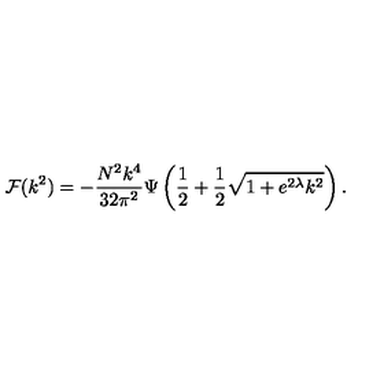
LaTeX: { \cal F } ( k ^ { 2 } ) = - \frac { N ^ { 2 } k ^ { 4 } } { 3 2 \pi ^ { 2 } } \Psi \left( \frac { 1 } { 2 } + \frac { 1 } { 2 } \sqrt { 1 + e ^ { 2 \lambda } k ^ { 2 } } \right) .